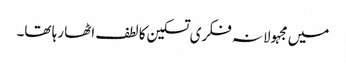
میں مجہولانہ فکری تسکین کا لطف اٹھا رہا تھا۔